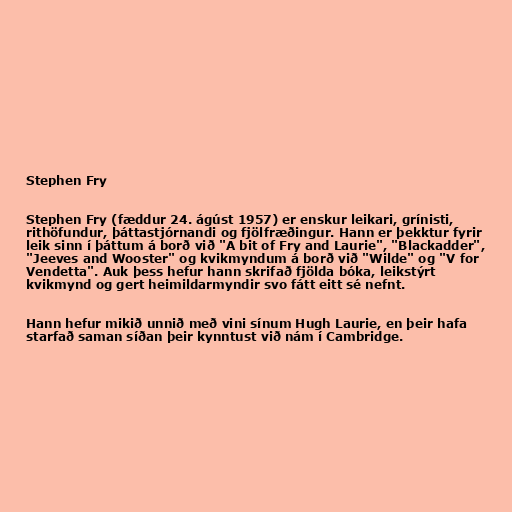
Stephen Fry

Stephen Fry (fæddur 24. ágúst 1957) er enskur leikari, grínisti,
rithöfundur, þáttastjórnandi og fjölfræðingur. Hann er þekktur fyrir
leik sinn í þáttum á borð við "A bit of Fry and Laurie", "Blackadder",
"Jeeves and Wooster" og kvikmyndum á borð við "Wilde" og "V for
Vendetta". Auk þess hefur hann skrifað fjölda bóka, leikstýrt
kvikmynd og gert heimildarmyndir svo fátt eitt sé nefnt.

Hann hefur mikið unnið með vini sínum Hugh Laurie, en þeir hafa
starfað saman síðan þeir kynntust við nám í Cambridge.